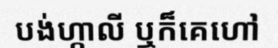
បង់ហ្កាលី ឬក៏គេហៅ